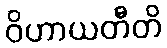
ဝိဟာယတီတိ